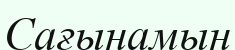
Сағынамын